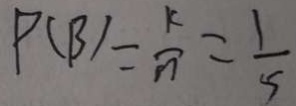
P ( B ) = \frac { k } { n } = \frac { 1 } { 5 }